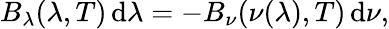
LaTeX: B_{\lambda}(\lambda,T)\, \mathrm{d}\lambda=-B_{\nu}(\nu(\lambda),T)\, \mathrm{d}\nu,